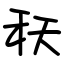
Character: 秗